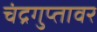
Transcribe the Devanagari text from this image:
चंद्रगुप्तावर